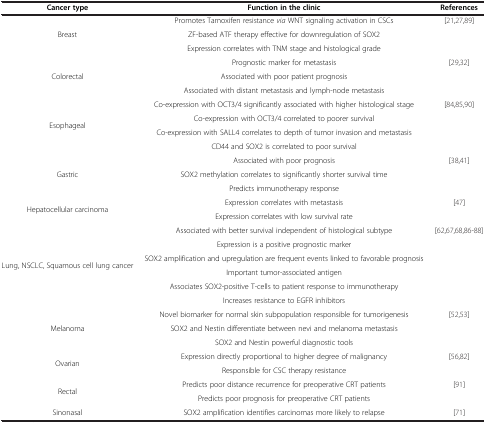
<table><thead><tr><td><b>Cancer type</b></td><td><b>Function in the clinic</b></td><td><b>References</b></td></tr></thead><tbody><tr><td rowspan="3">Breast</td><td>Promotes Tamoxifen resistance <i>via</i> WNT signaling activation in CSCs</td><td rowspan="3">[21,27,89]</td></tr><tr><td>ZF-based ATF therapy effective for downregulation of SOX2</td></tr><tr><td>Expression correlates with TNM stage and histological grade</td></tr><tr><td rowspan="3">Colorectal</td><td>Prognostic marker for metastasis</td><td rowspan="3">[29,32]</td></tr><tr><td>Associated with poor patient prognosis</td></tr><tr><td>Associated with distant metastasis and lymph-node metastasis</td></tr><tr><td rowspan="4">Esophageal</td><td>Co-expression with OCT3/4 significantly associated with higher histological stage</td><td rowspan="4">[84,85,90]</td></tr><tr><td>Co-expression with OCT3/4 correlated to poorer survival</td></tr><tr><td>Co-expression with SALL4 correlates to depth of tumor invasion and metastasis</td></tr><tr><td>CD44 and SOX2 is correlated to poor survival</td></tr><tr><td rowspan="3">Gastric</td><td>Associated with poor prognosis</td><td rowspan="3">[38,41]</td></tr><tr><td>SOX2 methylation correlates to significantly shorter survival time</td></tr><tr><td>Predicts immunotherapy response</td></tr><tr><td rowspan="2">Hepatocellular carcinoma</td><td>Expression correlates with metastasis</td><td rowspan="2">[47]</td></tr><tr><td>Expression correlates with low survival rate</td></tr><tr><td rowspan="6">Lung, NSCLC, Squamous cell lung cancer</td><td>Associated with better survival independent of histological subtype</td><td rowspan="6">[62,67,68,86-88]</td></tr><tr><td>Expression is a positive prognostic marker</td></tr><tr><td>SOX2 amplification and upregulation are frequent events linked to favorable prognosis</td></tr><tr><td>Important tumor-associated antigen</td></tr><tr><td>Associates SOX2-positive T-cells to patient response to immunotherapy</td></tr><tr><td>Increases resistance to EGFR inhibitors</td></tr><tr><td rowspan="3">Melanoma</td><td>Novel biomarker for normal skin subpopulation responsible for tumorigenesis</td><td rowspan="3">[52,53]</td></tr><tr><td>SOX2 and Nestin differentiate between nevi and melanoma metastasis</td></tr><tr><td>SOX2 and Nestin powerful diagnostic tools</td></tr><tr><td rowspan="2">Ovarian</td><td>Expression directly proportional to higher degree of malignancy</td><td rowspan="2">[56,82]</td></tr><tr><td>Responsible for CSC therapy resistance</td></tr><tr><td rowspan="2">Rectal</td><td>Predicts poor distance recurrence for preoperative CRT patients</td><td rowspan="2">[91]</td></tr><tr><td>Predicts poor prognosis for preoperative CRT patients</td></tr><tr><td>Sinonasal</td><td>SOX2 amplification identifies carcinomas more likely to relapse</td><td>[71]</td></tr></tbody></table>